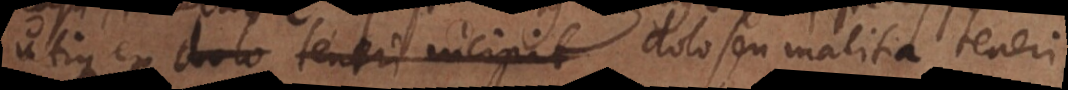
utique ex dolo teneri incipit seu malitia teneri